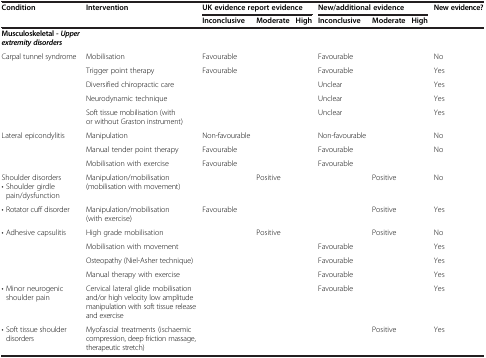
| Condition | Intervention | <COLSPAN=3> UK evidence report evidence | <COLSPAN=3> New/additional evidence | New evidence? |
 |  |  | Inconclusive | Moderate | High | Inconclusive | Moderate | High |  |
 | --- | --- | --- | --- | --- | --- | --- | --- | --- |
 | Musculoskeletal - Upper extremity disorders |  |  |  |  |  |  |  |  |
 | Carpal tunnel syndrome | Mobilisation | Favourable |  |  | Favourable |  |  | No |
 |  | Trigger point therapy | Favourable |  |  | Favourable |  |  | Yes |
 |  | Diversified chiropractic care |  |  |  | Unclear |  |  | Yes |
 |  | Neurodynamic technique |  |  |  | Unclear |  |  | Yes |
 |  | Soft tissue mobilisation (with or without Graston instrument) |  |  |  | Unclear |  |  | Yes |
 | Lateral epicondylitis | Manipulation | Non-favourable |  |  | Non-favourable |  |  | No |
 |  | Manual tender point therapy | Favourable |  |  | Favourable |  |  | No |
 |  | Mobilisation with exercise | Favourable |  |  | Favourable |  |  |  |
 | Shoulder disorders• Shoulder girdle pain/dysfunction | Manipulation/mobilisation (mobilisation with movement) |  | Positive |  |  | Positive |  | No |
 | • Rotator cuff disorder | Manipulation/mobilisation (with exercise) | Favourable |  |  |  | Positive |  | Yes |
 | • Adhesive capsulitis | High grade mobilisation |  | Positive |  |  | Positive |  | No |
 |  | Mobilisation with movement |  |  |  | Favourable |  |  | Yes |
 |  | Osteopathy (Niel-Asher technique) |  |  |  | Favourable |  |  | Yes |
 |  | Manual therapy with exercise |  |  |  | Favourable |  |  | Yes |
 | • Minor neurogenic shoulder pain | Cervical lateral glide mobilisation and/or high velocity low amplitude manipulation with soft tissue release and exercise |  |  |  | Favourable |  |  | Yes |
 | • Soft tissue shoulder disorders | Myofascial treatments (ischaemic compression, deep friction massage, therapeutic stretch) |  |  |  |  | Positive |  | Yes |